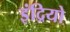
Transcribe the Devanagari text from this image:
इंद्रियो